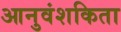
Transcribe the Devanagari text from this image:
आनुवंशकिता